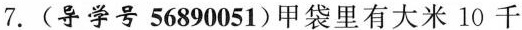
7. (导学号 56890051)甲袋里有大米 10 千